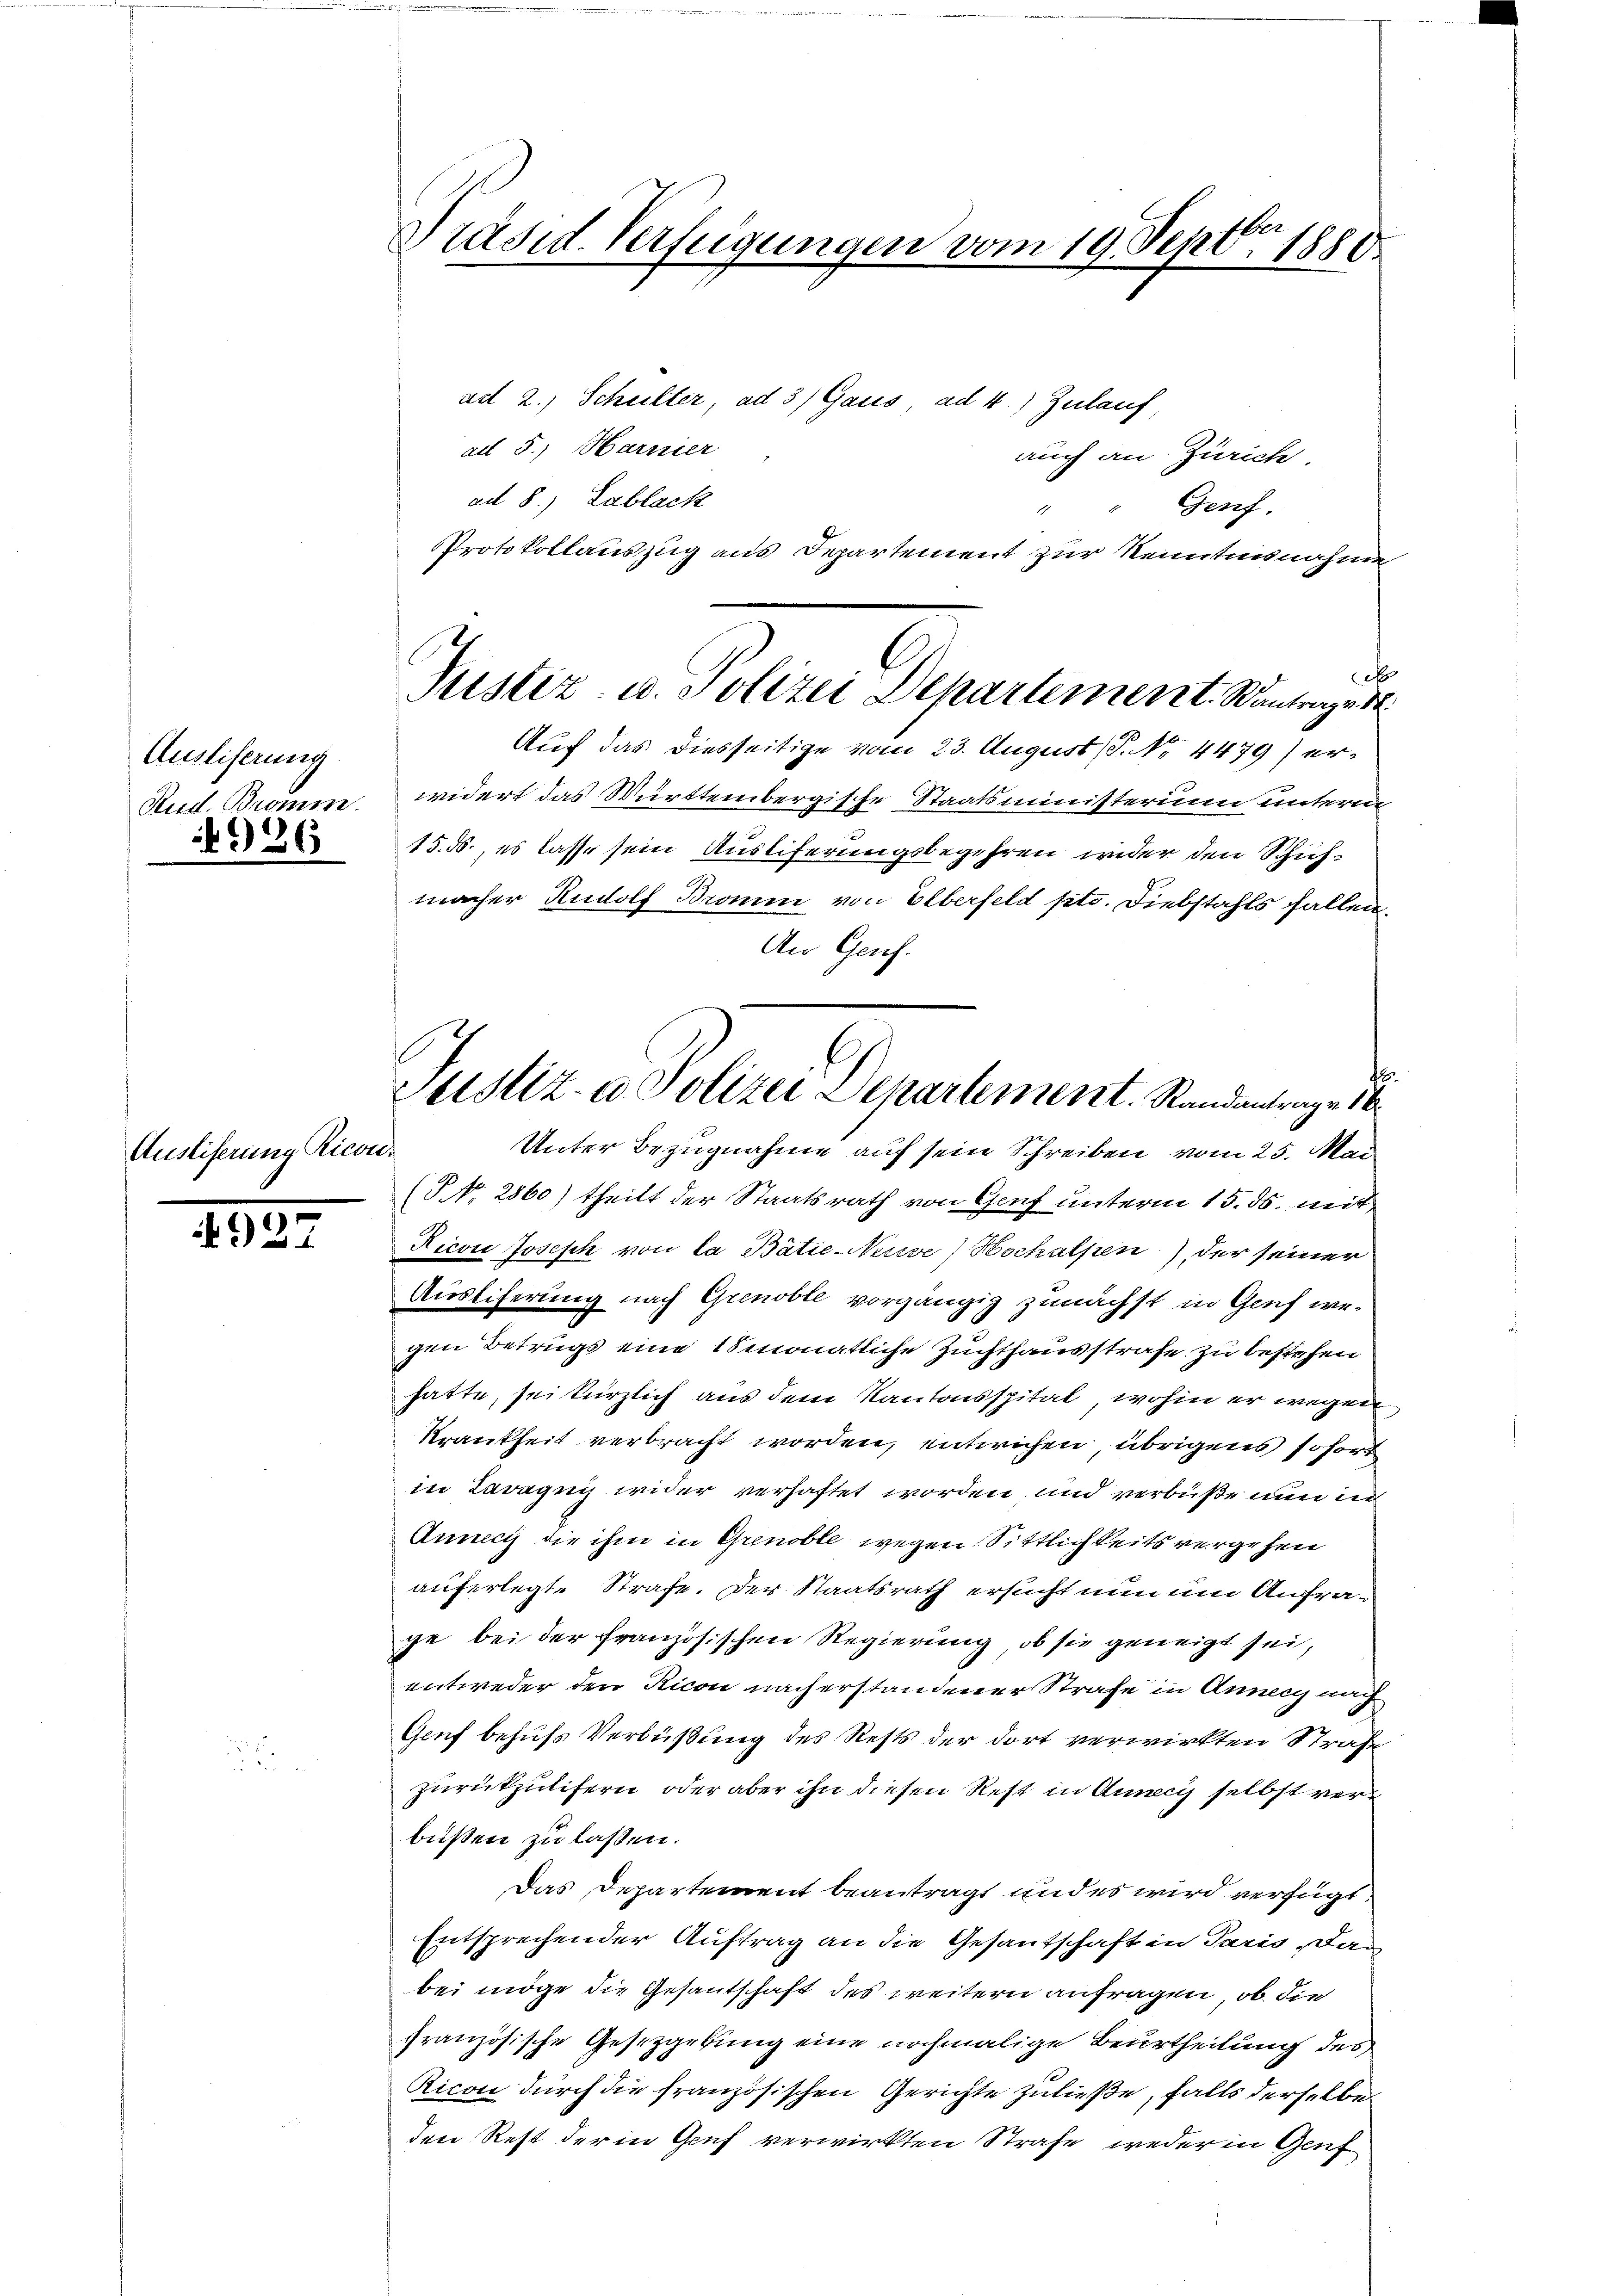
Ausliserung
4986

Ausliserung Ricon-

927

Präsid. Verfügungen vom 19. Sept 1880

ad 2.) Schulter, ad 3/ Gaus, ad 4.) Zulauf,
ad 5.) Harnier
auch an Zürich.
ad 8.) Lablack
Genf.
1
Protokollauszug aus Departement zur Kenntnisnahme
c
Auf das diesseitige vom 23. August (T. No. 4479) er-
Stud. Bromm, widert das Württembergische Staatsministerium untern
15. ds., es lasse sein Ausliferungsbegehren wider den Schichmacher Rudolf Braum von Elberfeld pto. Diebstahls fallen
An Genf.
(P N. 2860) theilt der Staatsrath von Genf unterm 15. ds. mit
Ricon Joseph von la Bátie-Nessse) Hochalpen, der seiner
Auslieferung nach Grenoble vorgängig zunächst in Genf wegen Betrugs eine 18 monatliche Zuchthausstrafe zu bestehen
hatte, sei kürzlich aus dem Kantonsspital, wohin er wegen
Krankheit verbracht worden, entwichen, übrigens sofort
in Paragnis wider verhaftet worden, und verbuße nun in
Junecis die ihm in Grenoble wegen Sittlichkeits vergehen
auferlegte Strafe. Der Staatsrath ersucht nun um Anfrage bei der französischen Regierung, ob sie geneigt sei,
entweder den Ricon nach erstandener Strafe in Annig nach
Genf behufs Verbüßung des Rests der dort verwirkten Strafe
zurückzulifern, oder aber ihn diesen Rest in Anney selbst verbüßen zu lassen.
Das Departement beantragt und es wird verfügt:
Entsprechender Auftrag an die Gesantschaft in Paris, das
bei möge die Gesantschaft des weitern anfragen, ob die
französische Gesetzgebung eine nochmalige Beurtheilung des
Ricon durch die französischen Gerichte zuließe, falls derselbe
den Rest der in Genf verwirkten Strafe weder in Genf

Justiz- u. Polizei Departement. Wantrage de

E
Justiz- u. Polizei Departement. Standantrage 16
Unter Bezugnahme auf sein Schreiben vom 25. Mai